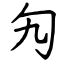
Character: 勼